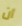
أن